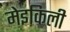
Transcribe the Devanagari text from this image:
मेइकिली